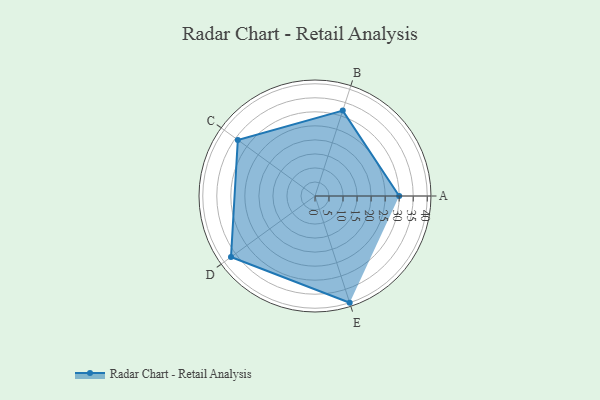
{"axis": {"x": "Skill", "y": "Score"}, "legend": ["Profile"], "data": [{"x": "A", "y": 30.0, "type": "Profile"}, {"x": "B", "y": 32.0, "type": "Profile"}, {"x": "C", "y": 34.0, "type": "Profile"}, {"x": "D", "y": 37.0, "type": "Profile"}, {"x": "E", "y": 40.0, "type": "Profile"}]}